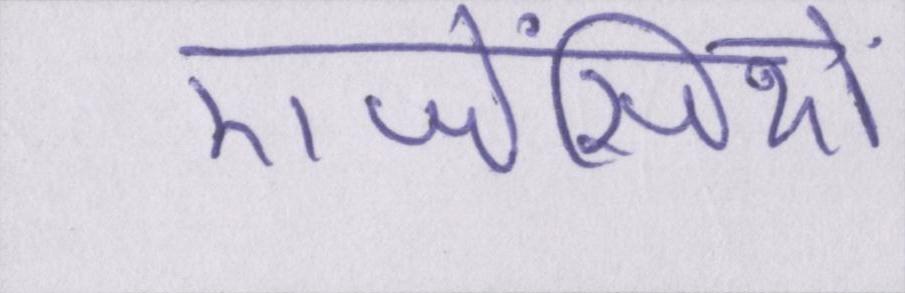
एजेंसियों